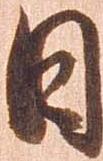
日